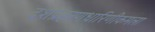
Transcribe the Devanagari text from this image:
दशप्रहरणधारिणीकमला